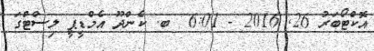
އޮކްޓޯބަރު 26